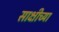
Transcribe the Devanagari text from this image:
साक्षीच्या